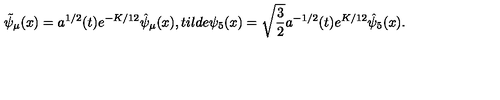
\tilde { \psi } _ { \mu } ( x ) = a ^ { 1 / 2 } ( t ) e ^ { - K / 1 2 } \hat { \psi } _ { \mu } ( x ) , t i l d e \psi _ { 5 } ( x ) = \sqrt { \frac { 3 } { 2 } } a ^ { - 1 / 2 } ( t ) e ^ { K / 1 2 } \hat { \psi } _ { 5 } ( x ) .